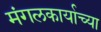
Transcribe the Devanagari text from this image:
मंगलकार्याच्या